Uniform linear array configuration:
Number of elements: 12
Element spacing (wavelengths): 1
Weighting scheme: cosine
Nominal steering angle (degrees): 15
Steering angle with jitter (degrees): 15.119
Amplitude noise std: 0.05
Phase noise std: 0.05

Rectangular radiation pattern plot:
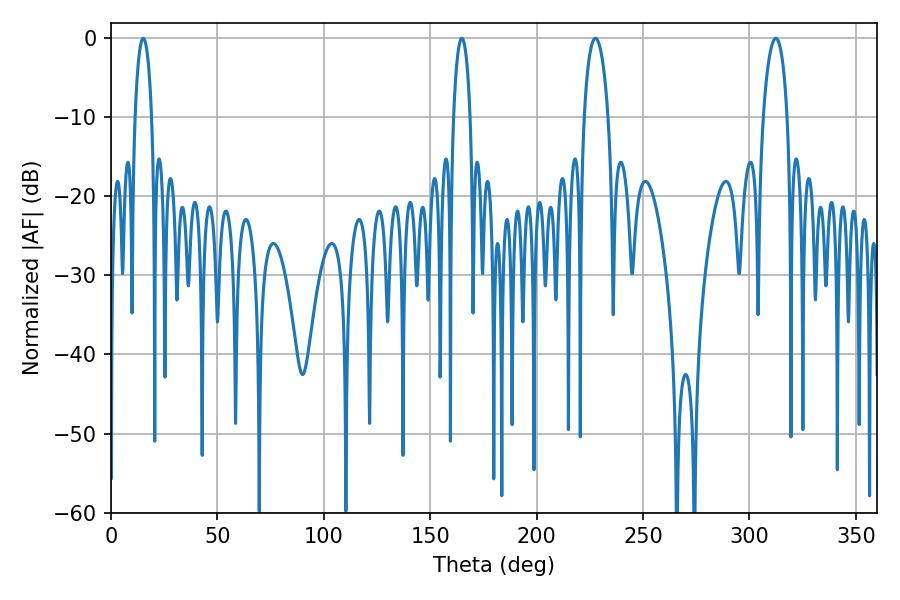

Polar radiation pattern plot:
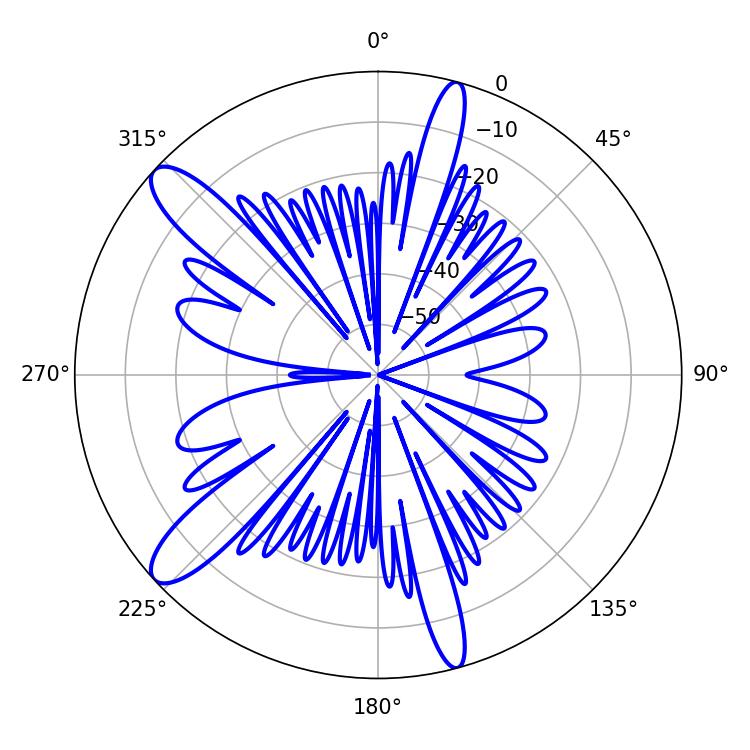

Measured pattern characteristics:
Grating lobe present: TRUE
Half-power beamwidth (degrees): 4.32
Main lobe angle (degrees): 15.12